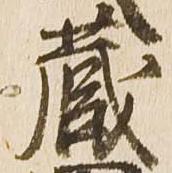
蔵